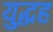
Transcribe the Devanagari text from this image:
युद्धह